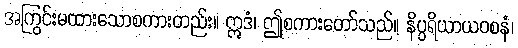
အကြွင်းမထားသောစကားတည်း။ ဣဒံ၊ ဤစကားတော်သည်။ နိပ္ပရိယာယဝစနံ၊